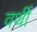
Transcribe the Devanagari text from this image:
वर्थी